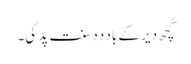
کُچھ دیر کے باد دِدِ سنت پد گیِ۔